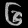
Digit: ၆